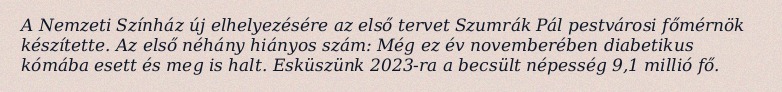
A Nemzeti Színház új elhelyezésére az első tervet Szumrák Pál pest­városi főmérnök készítette. Az első néhány hiányos szám: Még ez év novemberében diabetikus kómába esett és meg is halt. Esküszünk 2023-ra a becsült népesség 9,1 millió fő.